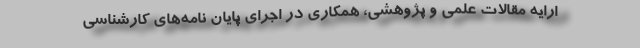
ارایه مقالات علمی و پژوهشی، همکاری در اجرای پایان نامه‌های کارشناسی